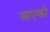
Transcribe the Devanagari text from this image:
साएको